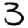
Digit: 3